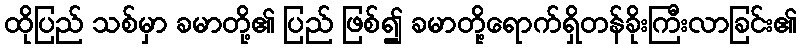
ထိုပြည် သစ်မှာ ခမာတို့၏ ပြည် ဖြစ်၍ ခမာတို့ရောက်ရှိတန်ခိုးကြီးလာခြင်း၏